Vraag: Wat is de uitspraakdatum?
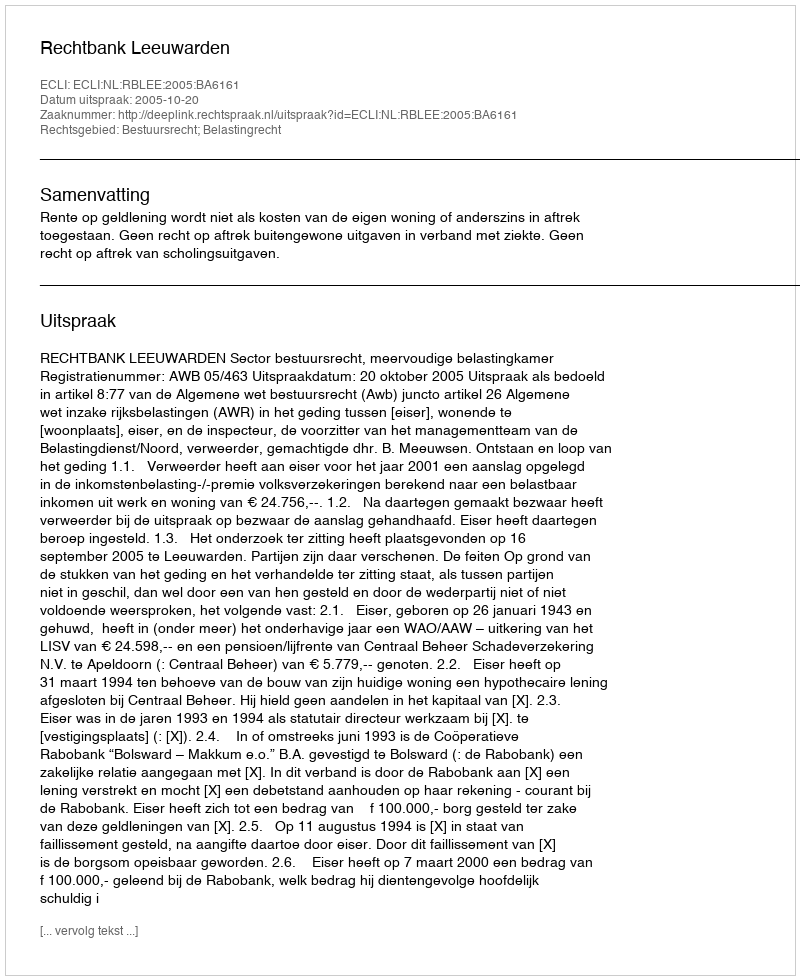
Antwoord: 2005-10-20